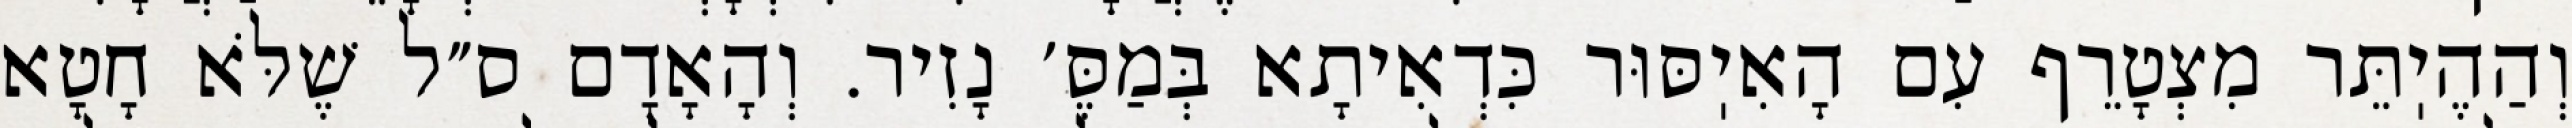
וְהַהֶיֽתֵּר מִצְטָרֵף עִם הָאִיֽסּוּר כִּדְאִיתָא בְּמַסֶּ׳ נָזִיר. וְהָאָדָם ס״ל שֶׁלֹּא חָטָא